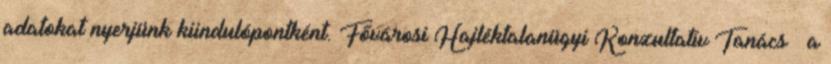
adatokat nyerjünk kiindulópontként. Fővárosi Hajléktalanügyi Konzultatív Tanács – a